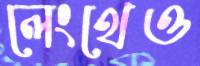
লেংথেও